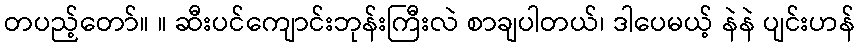
တပည့်တော်။ ။ ဆီးပင်ကျောင်းဘုန်းကြီးလဲ စာချပါတယ်၊ ဒါပေမယ့် နဲနဲ ပျင်းဟန်